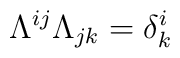
\Lambda^{ij} \Lambda_{jk} = \delta^i_k